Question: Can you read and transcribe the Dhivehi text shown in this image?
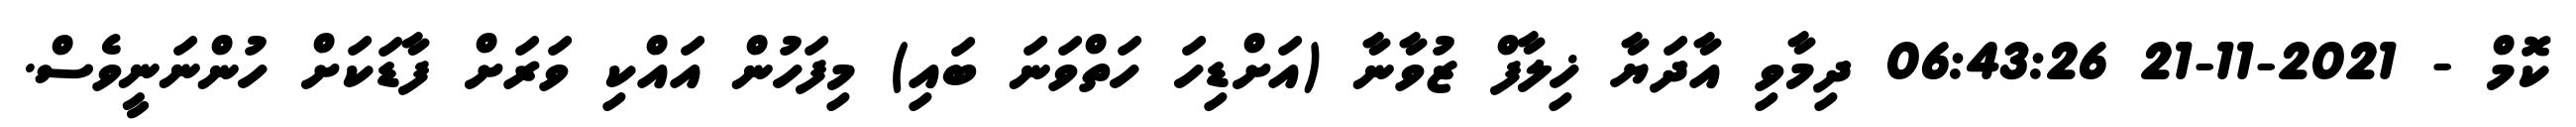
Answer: ކޮމް - 2021-11-21 06:43:26 ދިމާވި އާދަޔާ ޚިލާފް ޒުވާނާ (އަށްޑިހަ ހަތްވަނަ ބައި) މިފަހުން އައްކި ވަރަށް ފާޑަކަށް ހުންނަނީވެސް.